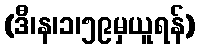
(ဒီ၊န၊၁၊၅၉မှယူရန်)